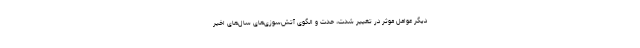
دیگر عوامل موثر در تغییر شدت، حدت و الگوی آتش‌سوزی‌های سال‌های اخیر